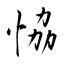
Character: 恊